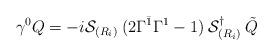
LaTeX: \begin{align*}\gamma^0 Q = -i {\cal S}_{(R_i)} \: (2\Gamma^{\bar 1}\Gamma^1-1) \: {\cal S}^{\dagger}_{(R_i)} \:\tilde{Q}\end{align*}